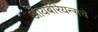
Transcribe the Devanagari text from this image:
आयबेरियन्सचे